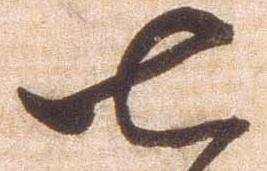
七